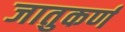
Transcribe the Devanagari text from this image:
जातुकर्ण